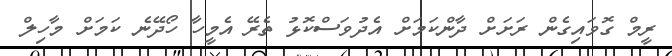
ރީމް ގޮވައިގެން ރަށަށް ދާންކަމަށް އެދުވަސްކޮޅު ތެރޭ އެމީހާ ހޯދޭނެ ކަމަށް މާހިލް